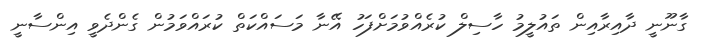
ގާނޫނީ ދާއިރާއިން ތައުލީމު ހާސިލް ކުރެއްވުމަށްފަހު އޭނާ މަސައްކަތް ކުރައްވަމުން ގެންދެވީ އިންސާނީ